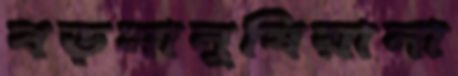
বড়মানুষিয়ানা